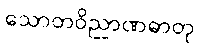
သောတဝိညာဏဓာတု